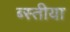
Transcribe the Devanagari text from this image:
ब्स्तीया